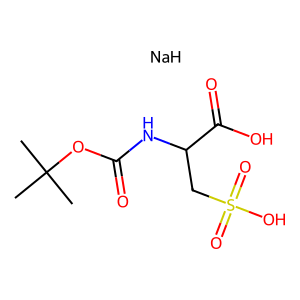
SMILES: CC(C)(C)OC(=O)NC(CS(=O)(=O)O)C(=O)O.[NaH]
Inhibits HIV replication: No